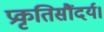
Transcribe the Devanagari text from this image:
प्रकृतिसौंदर्य।